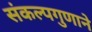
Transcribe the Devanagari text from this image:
संकल्पगुणाने